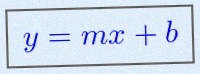
y=mx+b